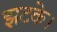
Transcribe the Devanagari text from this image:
झटके।